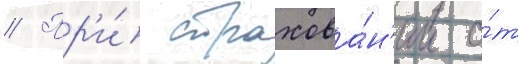
// Пр'и́ страхова́н'ии о́т